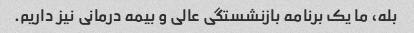
بله، ما یک برنامه بازنشستگی عالی و بیمه درمانی نیز داریم.